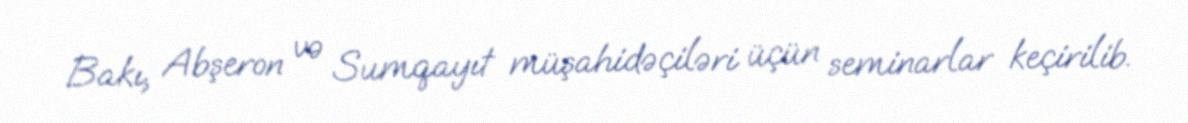
Bakı, Abşeron və Sumqayıt müşahidəçiləri üçün seminarlar keçirilib.